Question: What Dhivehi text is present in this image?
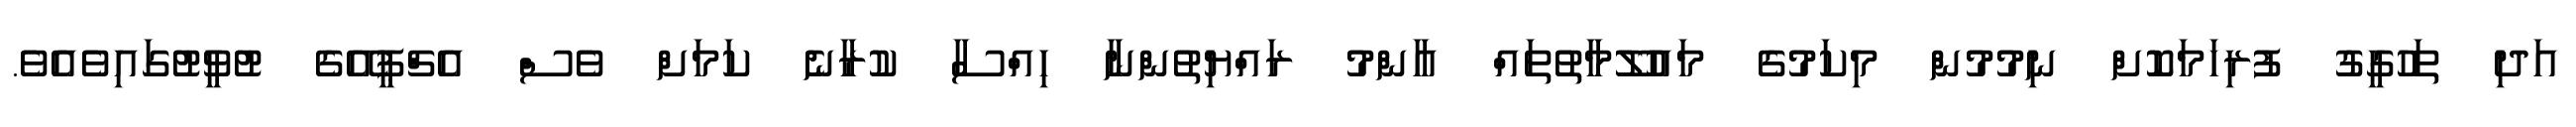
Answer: އަދި ތަހުގީގު ފުރިހަމަކޮށް ނިމުމުން މިކަމުގެ މައުލޫމާތުތައް އާންމު ރައްޔިތުންނާ ހިއްސާ ކުރާނެ ކަމަށް ވެސް އެޗްޕީއޭގެ ޓުވީޓުގައިވެއެވެ.